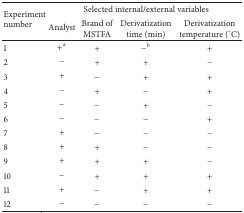
<table><thead><tr><td rowspan="2"><b>Experiment number</b></td><td colspan="4"><b>Selected internal/external variables</b></td></tr><tr><td><b>Analyst</b></td><td><b>Brand of MSTFA</b></td><td><b>Derivatization time (min)</b></td><td><b>Derivatization temperature (°C)</b></td></tr></thead><tbody><tr><td>1</td><td>+<sup>a</sup></td><td>+</td><td>−<sup>b</sup></td><td>+</td></tr><tr><td>2</td><td>−</td><td>+</td><td>+</td><td>−</td></tr><tr><td>3</td><td>+</td><td>−</td><td>+</td><td>+</td></tr><tr><td>4</td><td>−</td><td>+</td><td>−</td><td>+</td></tr><tr><td>5</td><td>−</td><td>−</td><td>+</td><td>−</td></tr><tr><td>6</td><td>−</td><td>−</td><td>−</td><td>+</td></tr><tr><td>7</td><td>+</td><td>−</td><td>−</td><td>−</td></tr><tr><td>8</td><td>+</td><td>+</td><td>−</td><td>−</td></tr><tr><td>9</td><td>+</td><td>+</td><td>+</td><td>−</td></tr><tr><td>10</td><td>−</td><td>+</td><td>+</td><td>+</td></tr><tr><td>11</td><td>+</td><td>−</td><td>+</td><td>+</td></tr><tr><td>12</td><td>−</td><td>−</td><td>−</td><td>−</td></tr></tbody></table>